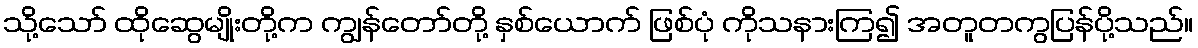
သို့သော် ထိုဆွေမျိုးတို့က ကျွန်တော်တို့ နှစ်ယောက် ဖြစ်ပုံ ကိုသနားကြ၍ အတူတကွပြန်ပို့သည်။